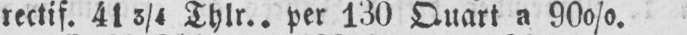
rectif. 413/4 Thlr.. per 130 Quart a 900/0.